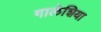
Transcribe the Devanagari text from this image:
गालेशिया